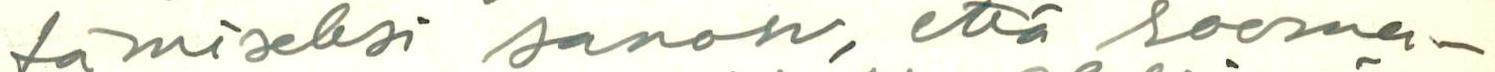
tämiseksi sanon, että rooma-